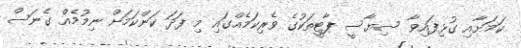
ކަމަށާއި ގުޅިފައިވާ ސިޔާސީ ޕާޓީތަކުގެ ވެރިކަމެއްގައި މި ފަދަ ކަންކަމަށް ނިމުމެއް ގެނަސް